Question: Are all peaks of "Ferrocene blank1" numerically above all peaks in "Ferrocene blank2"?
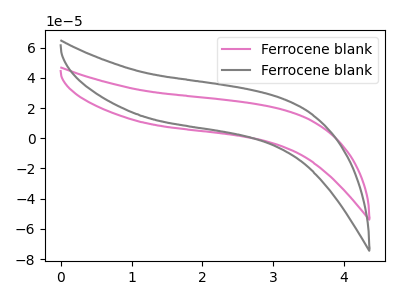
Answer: <think>The pink curve "Ferrocene blank1" has no peaks. The gray curve "Ferrocene blank2" has no peaks.</think>
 <answer>Niether CV has any peaks.</answer>
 <eval>blanks</eval>